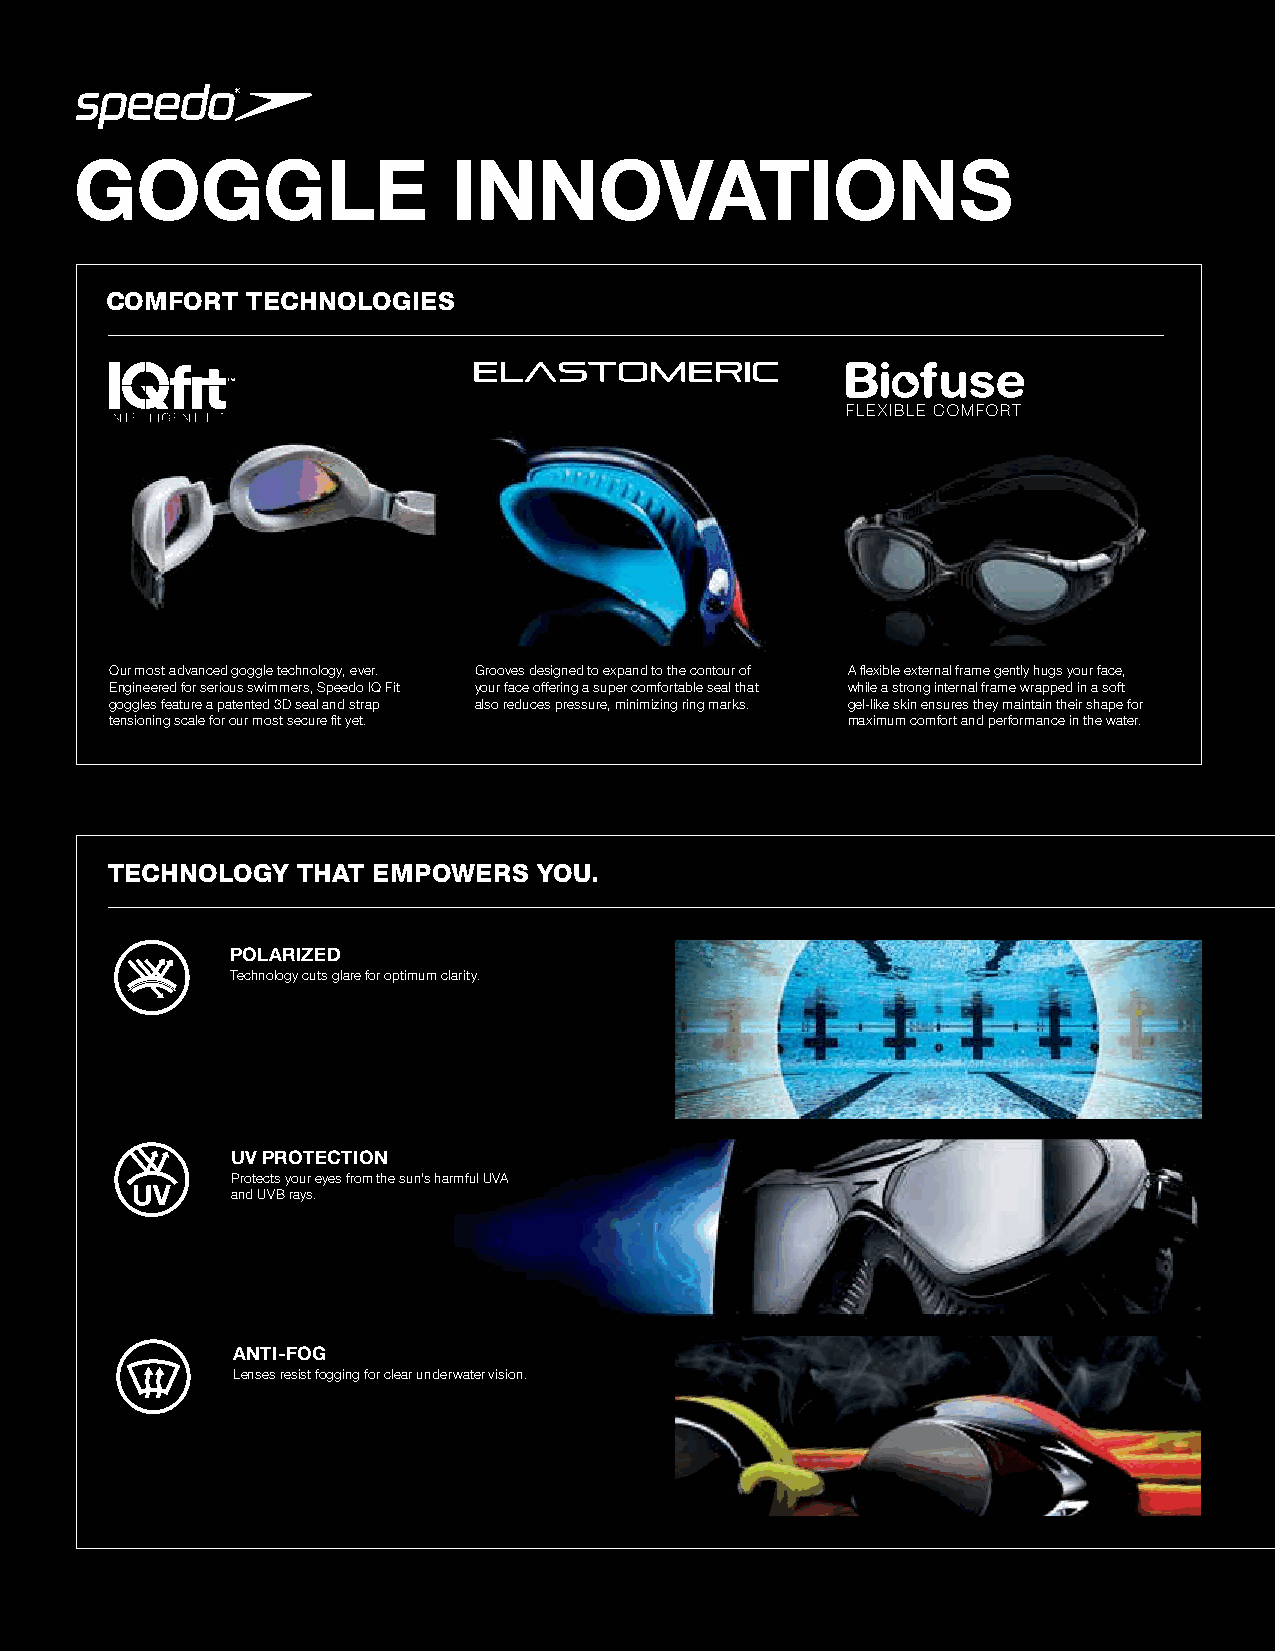
GOGGLE                   INNOVATIONS
 COMFORT  TECHNOLOGIES
 FLEXIBLE COMFORT
 our most advanced goggle technology, ever. Grooves designed to expand to the contour of A flexible external frame gently hugs your face,
 engineered for serious swimmers, speedo IQ Fit your face offering a super comfortable seal that while a strong internal frame wrapped in a soft
 goggles feature a patented 3d seal and strap also reduces pressure, minimizing ring marks. gel-like skin ensures they maintain their shape for
 tensioning scale for our most secure fit yet.    maximum comfort and performance in the water.
 TECHNOLOGY   THAT EMPOWERS   YOU.
 POLARIZED
 Technology cuts glare for optimum clarity.
 UV PROTECTION
 Protects your eyes from the sun’s harmful UVA
 and UVB rays.
 ANTI-FOG
 lenses resist fogging for clear underwater vision.
 54 | 2019 FALL / EARLY BUY GoGGles